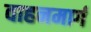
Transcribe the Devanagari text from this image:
वाहनमार्ग